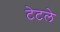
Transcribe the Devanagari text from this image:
टेटले